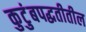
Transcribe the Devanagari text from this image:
कुटुंबपद्धतीतील